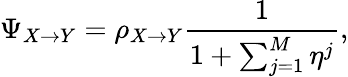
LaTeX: \Psi_{X\to Y}=\rho_{X\to Y}\frac{1}{1+\sum_{j=1}^{M}\eta^{j}},